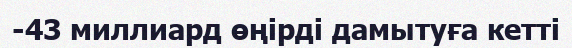
-43 миллиард өңірді дамытуға кетті